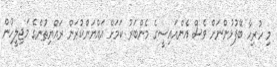
މި ހުރިހާ ބޭފުޅުންނަށް ވެސް އެންއައިސީގެ މެންބަރު ކަމަށް އައްޔަންކުރަން ރައްޔިތުންގެ މަޖިލީހުން